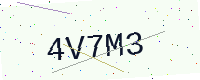
Text: 4V7M3